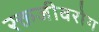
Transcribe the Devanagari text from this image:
रक्तजीवरोग